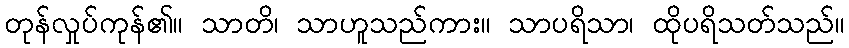
တုန်လှုပ်ကုန်၏။ သာတိ၊ သာဟူသည်ကား။ သာပရိသာ၊ ထိုပရိသတ်သည်။